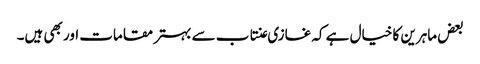
بعض ماہرین کا خیال ہے کہ غازی عنتاب سے بہتر مقامات اور بھی ہیں۔